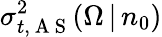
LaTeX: \sigma_{t,\mathrm{~A~S~}}^{2}(\Omega\, |\, n_{0})